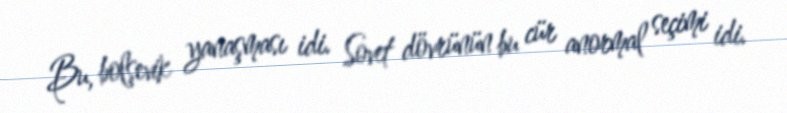
Bu, bolşevik yanaşması idi. Sovet dövrünün bu cür anormal seçimi idi.